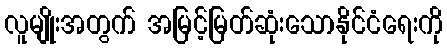
လူမျိုးအတွက် အမြင့်မြတ်ဆုံးသောနိုင်ငံရေးကို